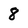
Character: 8